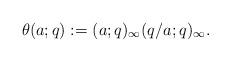
LaTeX: \begin{align*}\theta(a;q):=(a;q)_{\infty}(q/a;q)_{\infty}.\end{align*}